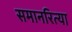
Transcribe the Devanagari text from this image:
समानरित्या